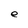
Character: e